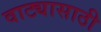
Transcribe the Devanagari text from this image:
वाट्यासाठी